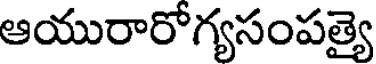
ఆయురారోగ్యసంపత్యై